Vaccination in Bombay 1902-1912 - 1902-1912
Year: 1902
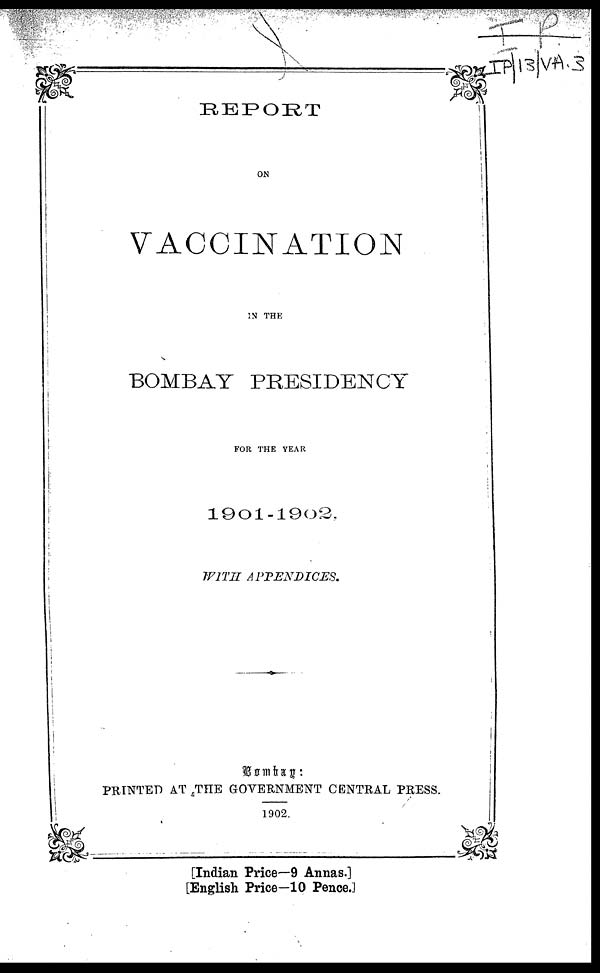
REPORT
ON
VACCINATION
IN THE
BOMBAY PRESIDENCY
FOR THE YEAR
1901-1902,
WITH
APPENDICES.
PRINTED AT THE GOVERNMENT CENTRAL PRESS.
1902.
[Indian Price—9 Annas.]
[English Price-10 Pence.]